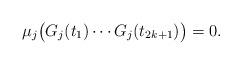
LaTeX: \begin{align*}\mu_j \big( G_j(t_1)\cdots G_j(t_{2k+1})\big) =0.\end{align*}